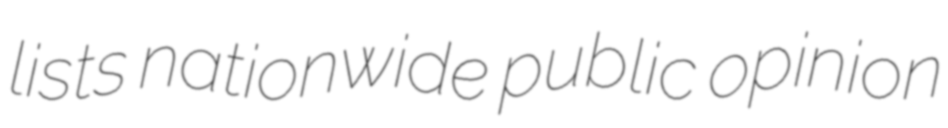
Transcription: lists nationwide public opinion